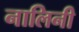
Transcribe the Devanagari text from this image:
नालिनी